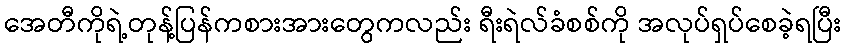
အေတီကိုရဲ့တုန့်ပြန်ကစားအားတွေကလည်း ရီးရဲလ်ခံစစ်ကို အလုပ်ရှပ်စေခဲ့ရပြီး